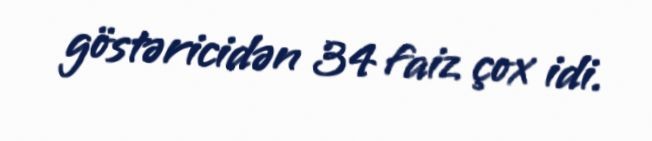
göstəricidən 34 faiz çox idi.